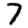
Digit: 7